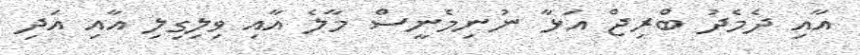
އާއި ދެމެދު ބްރިޖް އަޅާ ނުނިމެނީސް މާލެ އާއި ވިލިގިލި އާއި އަދި